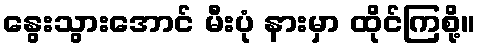
နွေးသွားအောင် မီးပုံ နားမှာ ထိုင်ကြစို့။